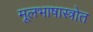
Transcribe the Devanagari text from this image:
मूलभाषास्त्रोत